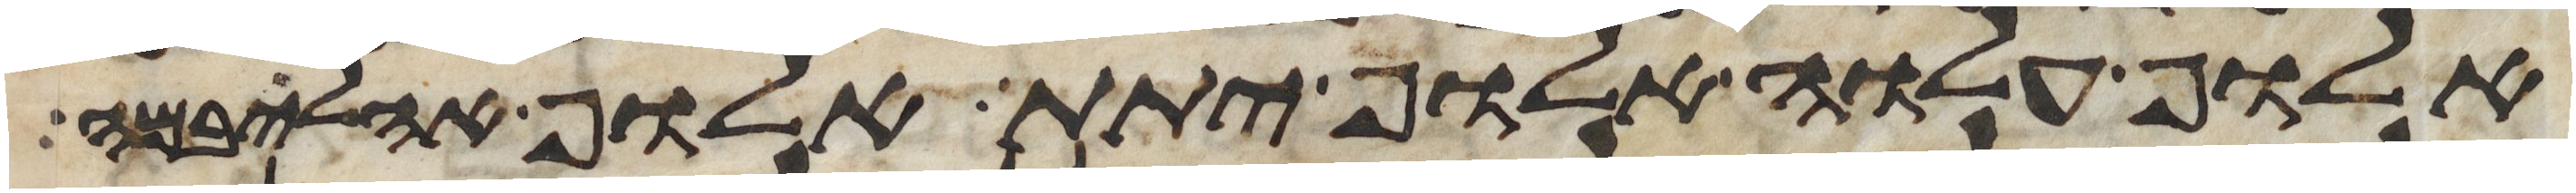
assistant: אלוף עלוה אלוף יתת אלוף אהליבמה